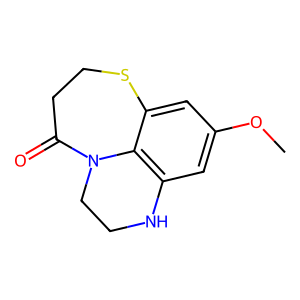
SMILES: COc1cc2c3c(c1)SCCC(=O)N3CCN2
Inhibits HIV replication: No